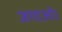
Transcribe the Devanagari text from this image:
जगाओ।